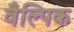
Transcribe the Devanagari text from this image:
वैल्पिक